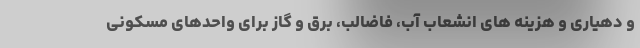
و دهیاری و هزینه های انشعاب آب، فاضالب، برق و گاز برای واحدهای مسکونی